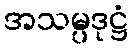
အသမ္ပဒုဋ္ဌံ